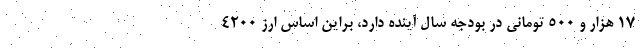
۱۷ هزار و ۵۰۰ تومانی در بودجه سال آینده دارد، براین اساس ارز ۴۲۰۰